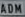
ADAM